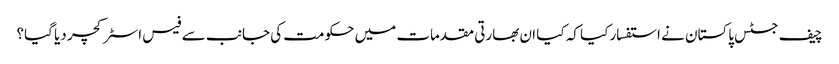
چیف جسٹس پاکستان نے استفسار کیا کہ کیا ان بھارتی مقدمات میں حکومت کی جانب سے فیس اسٹرکچر دیا گیا؟